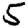
Digit: 5